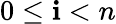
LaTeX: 0\leq\mathbf{i}<n